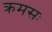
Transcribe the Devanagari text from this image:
क्रमसः